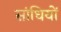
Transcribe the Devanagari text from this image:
सांधियों